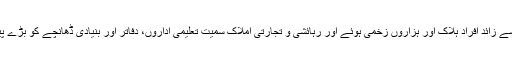
اس زلزلے میں 75 ہزار سے زائد افراد ہلاک اور ہزاروں زخمی ہوئے اور رہائشی و تجارتی املاک سمیت تعلیمی اداروں، دفاتر اور بنیادی ڈھانچے کو بڑے پیمانے پر نقصان پہنچا تھا۔